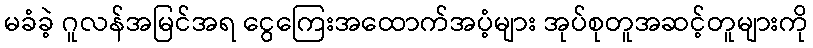
မခံခဲ့ ဂူလန်အမြင်အရ ငွေကြေးအထောက်အပံ့များ အုပ်စုတူအဆင့်တူများကို